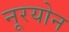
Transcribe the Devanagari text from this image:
नूरयोन